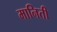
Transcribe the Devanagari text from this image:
मानिती